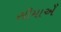
સીમાએઁ